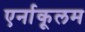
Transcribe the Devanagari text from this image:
एर्नाकूलम